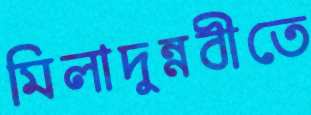
মিলাদুন্নবীতে